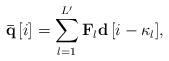
LaTeX: \begin{align*} {\bf{\bar q}}\left[ i \right] = \sum\limits_{l = 1}^{L'} {{{{\bf{F}}}_l}{\bf{d}}\left[ {i - {\kappa _l}} \right]}, \end{align*}